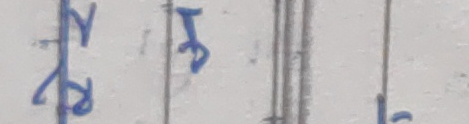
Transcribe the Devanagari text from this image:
२३७